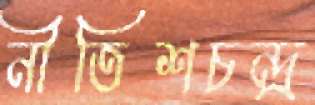
নীতিশচন্দ্র